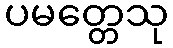
ပမတ္တေသု